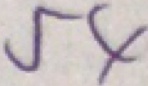
5 4